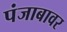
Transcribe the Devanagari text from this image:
पंजाबावर